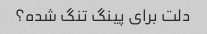
دلت برای پینگ تنگ شده؟